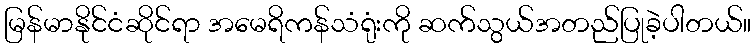
မြန်မာနိုင်ငံဆိုင်ရာ အမေရိကန်သံရုံးကို ဆက်သွယ်အတည်ပြုခဲ့ပါတယ်။